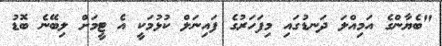
"ބެޔާންގެ އަމިއްލަ ދަނޑުގައި މިފަހަރުގެ ފައިނަލް ކުޅުމަކީ އެ ޓީމަށް ލިބޭނެ ބޮޑު